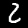
Digit: 2